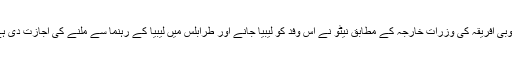
جنوبی افریقہ کی وزراتِ خارجہ کے مطابق نیٹو نے اس وفد کو لیبیا جانے اور طرابلس میں لیبیا کے رہنما سے ملنے کی اجازت دی ہے۔